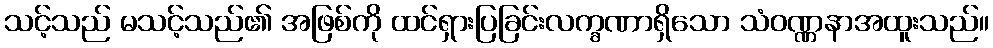
သင့်သည် မသင့်သည်၏ အဖြစ်ကို ထင်ရှားပြခြင်းလက္ခဏာရှိသော သံဝဏ္ဏနာအထူးသည်။